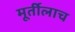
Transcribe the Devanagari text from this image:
मूर्तीलाच